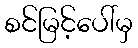
စင်မြင့်ပေါ်မှ